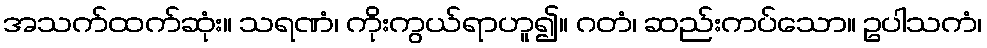
အသက်ထက်ဆုံး။ သရဏံ၊ ကိုးကွယ်ရာဟူ၍။ ဂတံ၊ ဆည်းကပ်သော။ ဥပါသကံ၊